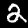
Label: 2